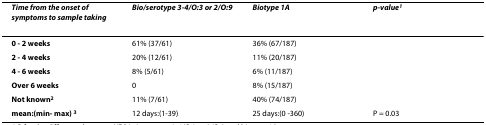
| Time from the onset of symptoms to sample taking | Bio/serotype 3-4/O:3 or 2/O:9 | Biotype 1A | p-value1 |
 | --- | --- | --- | --- |
 | 0 - 2 weeks | 61% (37/61) | 36% (67/187) |  |
 | 2 - 4 weeks | 20% (12/61) | 11% (20/187) |  |
 | 4 - 6 weeks | 8% (5/61) | 6% (11/187) |  |
 | Over 6 weeks | 0 | 8% (15/187) |  |
 | Not known2 | 11% (7/61) | 40% (74/187) |  |
 | mean:(min- max) 3 | 12 days:(1-39) | 25 days:(0 -360) | P = 0.03 |